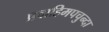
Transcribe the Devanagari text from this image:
प्रवाहिमपचुन्दा